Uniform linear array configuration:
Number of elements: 64
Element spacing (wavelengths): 0.25
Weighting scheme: cosine
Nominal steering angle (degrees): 60
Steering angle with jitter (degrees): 60.134
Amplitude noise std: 0.05
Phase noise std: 0.05

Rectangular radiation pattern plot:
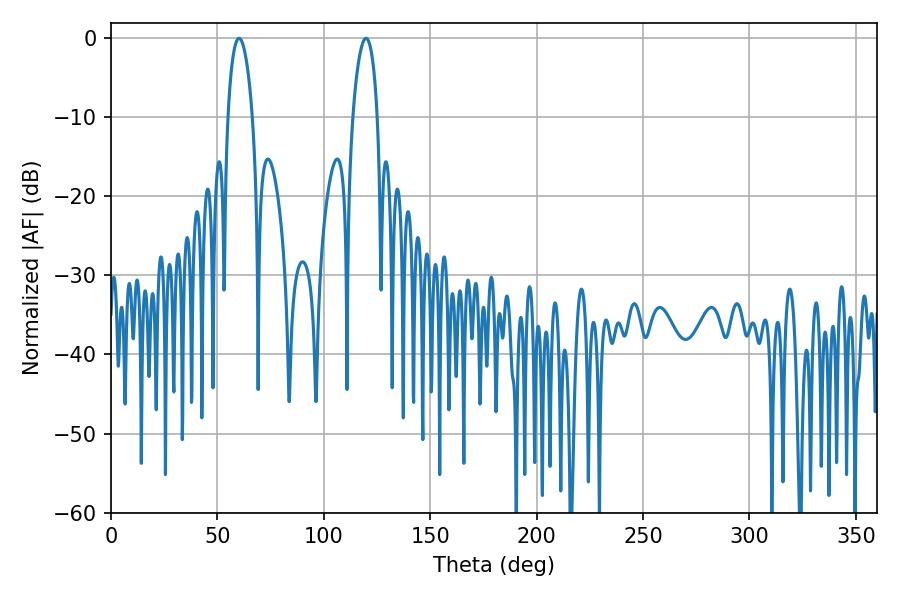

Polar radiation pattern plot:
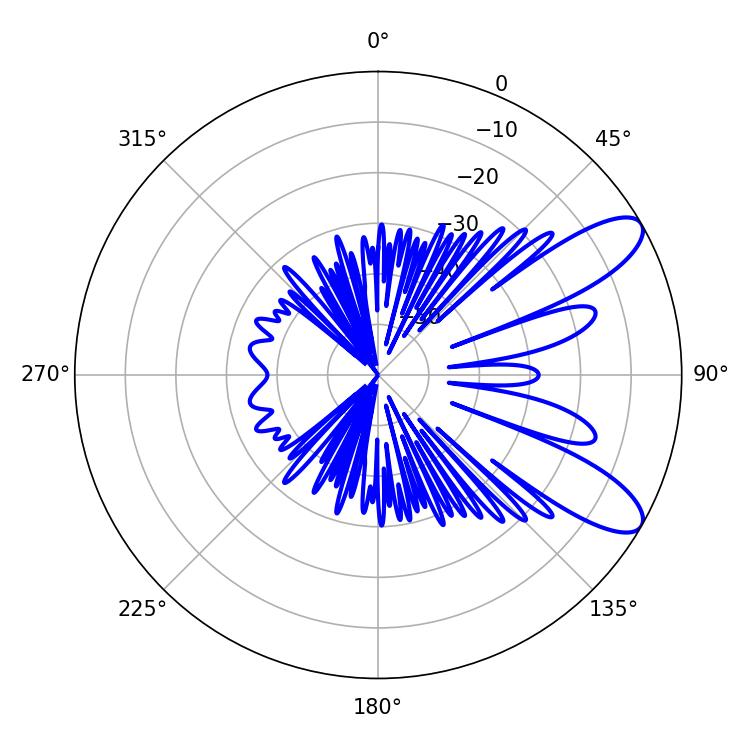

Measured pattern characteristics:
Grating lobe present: FALSE
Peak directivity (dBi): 9.601
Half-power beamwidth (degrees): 6.48
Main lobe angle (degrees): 60.12